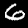
Label: 6